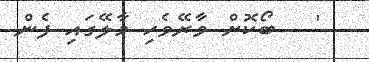
'   ބޯކޮށް ވާރޭވެހި މާލޭގައި ފެން